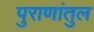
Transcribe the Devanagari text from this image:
पुराणांतुल